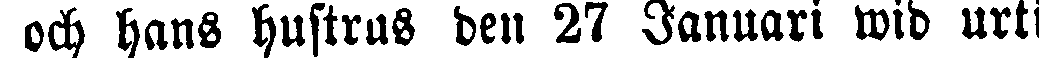
och hans hustrus deu 27 Januari wid urti